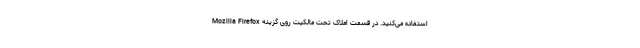
Mozilla Firefox استفاده می‌کنید. در قسمت املاک تحت مالکیت روی گزینه